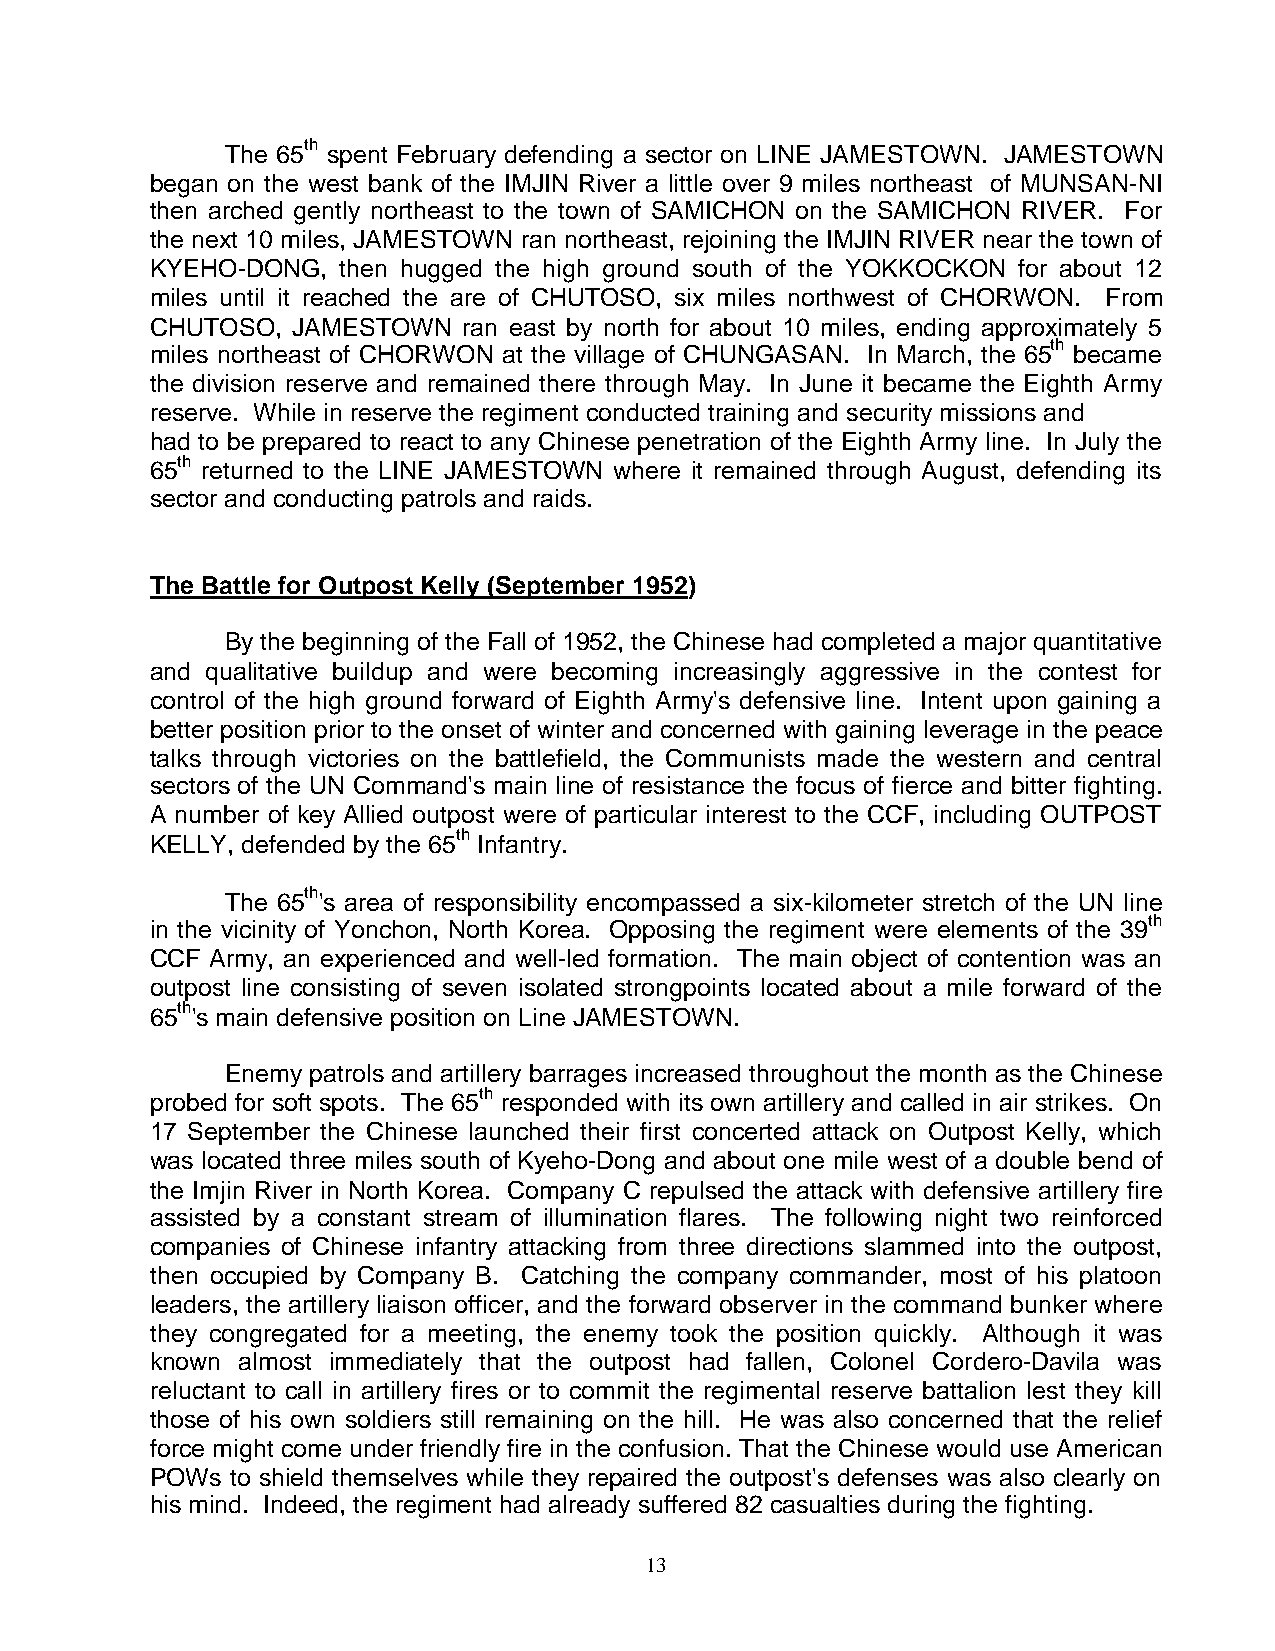
The 65th spent February defending a sector on LINE JAMESTOWN. JAMESTOWN
 began on the west bank of the IMJIN River a little over 9 miles northeast of MUNSAN-NI
 then arched gently northeast to the town of SAMICHON on the SAMICHON RIVER. For
 the next 10 miles, JAMESTOWN ran northeast, rejoining the IMJIN RIVER near the town of
 KYEHO-DONG,  then hugged the high ground south of the YOKKOCKON for about 12
 miles until it reached the are of CHUTOSO, six miles northwest of CHORWON. From
 CHUTOSO, JAMESTOWN   ran east by north for about 10 miles, ending approximately 5
 miles northeast of CHORWON at the village of CHUNGASAN. In March, the 65th became
 the division reserve and remained there through May. In June it became the Eighth Army
 reserve. While in reserve the regiment conducted training and security missions and
 had to be prepared to react to any Chinese penetration of the Eighth Army line. In July the
 65th returned to the LINE JAMESTOWN where it remained through August, defending its
 sector and conducting patrols and raids.
 The Battle for Outpost Kelly (September 1952)
 By the beginning of the Fall of 1952, the Chinese had completed a major quantitative
 and qualitative buildup and were becoming increasingly aggressive in the contest for
 control of the high ground forward of Eighth Army's defensive line. Intent upon gaining a
 better position prior to the onset of winter and concerned with gaining leverage in the peace
 talks through victories on the battlefield, the Communists made the western and central
 sectors of the UN Command's main line of resistance the focus of fierce and bitter fighting.
 A number of key Allied outpost were of particular interest to the CCF, including OUTPOST
 KELLY, defended by the 65th Infantry.
 The 65th's area of responsibility encompassed a six-kilometer stretch of the UN line
 in the vicinity of Yonchon, North Korea. Opposing the regiment were elements of the 39th
 CCF Army, an experienced and well-led formation. The main object of contention was an
 outpost line consisting of seven isolated strongpoints located about a mile forward of the
 65th's main defensive position on Line JAMESTOWN.
 Enemy patrols and artillery barrages increased throughout the month as the Chinese
 probed for soft spots. The 65th responded with its own artillery and called in air strikes. On
 17 September the Chinese launched their first concerted attack on Outpost Kelly, which
 was located three miles south of Kyeho-Dong and about one mile west of a double bend of
 the Imjin River in North Korea. Company C repulsed the attack with defensive artillery fire
 assisted by a constant stream of illumination flares. The following night two reinforced
 companies of Chinese infantry attacking from three directions slammed into the outpost,
 then occupied by Company B. Catching the company commander, most of his platoon
 leaders, the artillery liaison officer, and the forward observer in the command bunker where
 they congregated for a meeting, the enemy took the position quickly. Although it was
 known almost immediately that the outpost had fallen, Colonel Cordero-Davila was
 reluctant to call in artillery fires or to commit the regimental reserve battalion lest they kill
 those of his own soldiers still remaining on the hill. He was also concerned that the relief
 force might come under friendly fire in the confusion. That the Chinese would use American
 POWs to shield themselves while they repaired the outpost's defenses was also clearly on
 his mind. Indeed, the regiment had already suffered 82 casualties during the fighting.
 13